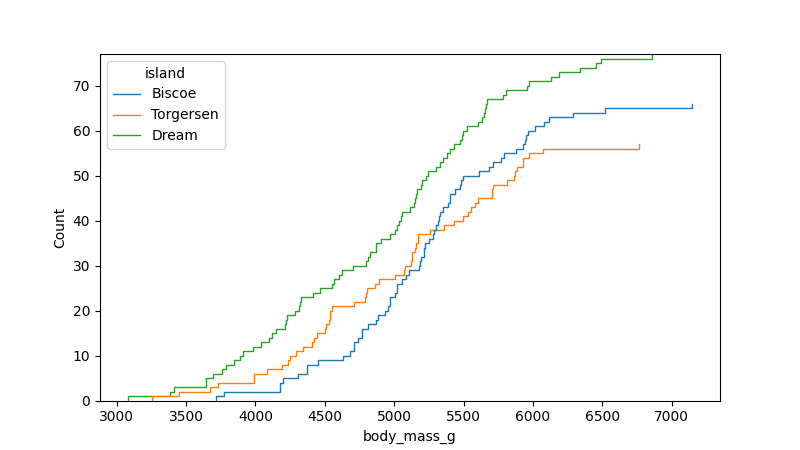
python, seaborn, ecdfplot, column='body_mass_g', hue='island', stat='count', linewidth=1.0